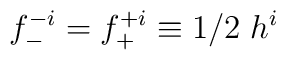
f^{-i}_{-} = f^{+i}_{+} \equiv 1/2\; h^i